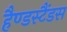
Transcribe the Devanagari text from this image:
हैण्डस्टैंडस